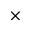
\times